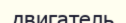
двигатель